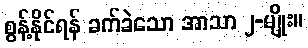
စွန့်နိုင်ရန် ခက်ခဲသော အာသာ ၂-မျိုး။